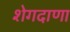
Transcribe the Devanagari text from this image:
शेगदाणा